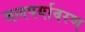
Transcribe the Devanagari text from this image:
जलपर्यावरण